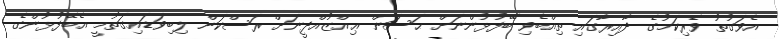
އެވަގުތު ވެރިކަމުގެ ދާއިރާގައި ތިއްބެވި ބޭފުޅުންނަށް ޙަސަން ޢިއްޒުއްދީނަށް ރަސްކަން ލިބިވަޑައިގަތުމީ އެބޭފުޅުންގެ